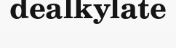
dealkylate